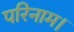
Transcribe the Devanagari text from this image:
परिनाम।